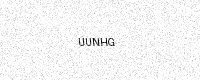
Text: UUNHG